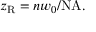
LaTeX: z _ { \mathrm { R } } = n w _ { 0 } / \mathrm { N A } .